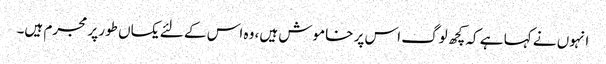
انہوں نے کہا ہے کہ کچھ لوگ اس پر خاموش ہیں، وہ اس کے لئے یکساں طور پر مجرم ہیں۔